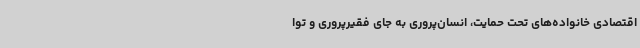
اقتصادی خانواده‌های تحت حمایت، انسان‌پروری به جای فقیرپروری و توا